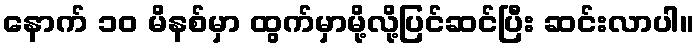
နောက် ၁၀ မိနစ်မှာ ထွက်မှာမို့လို့ပြင်ဆင်ပြီး ဆင်းလာပါ။